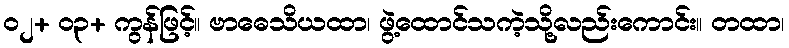
၀၂+ ၀၃+ ကွန်ဖြင့်။ ဗာဓေသိယထာ၊ ဖွဲ့ထောင်သကဲ့သို့လည်းကောင်း။ တထာ၊